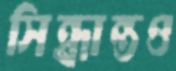
সিন্ধান্তও